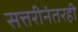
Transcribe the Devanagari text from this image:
सत्तरीनंतरही